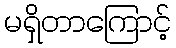
မရှိတာကြောင့်